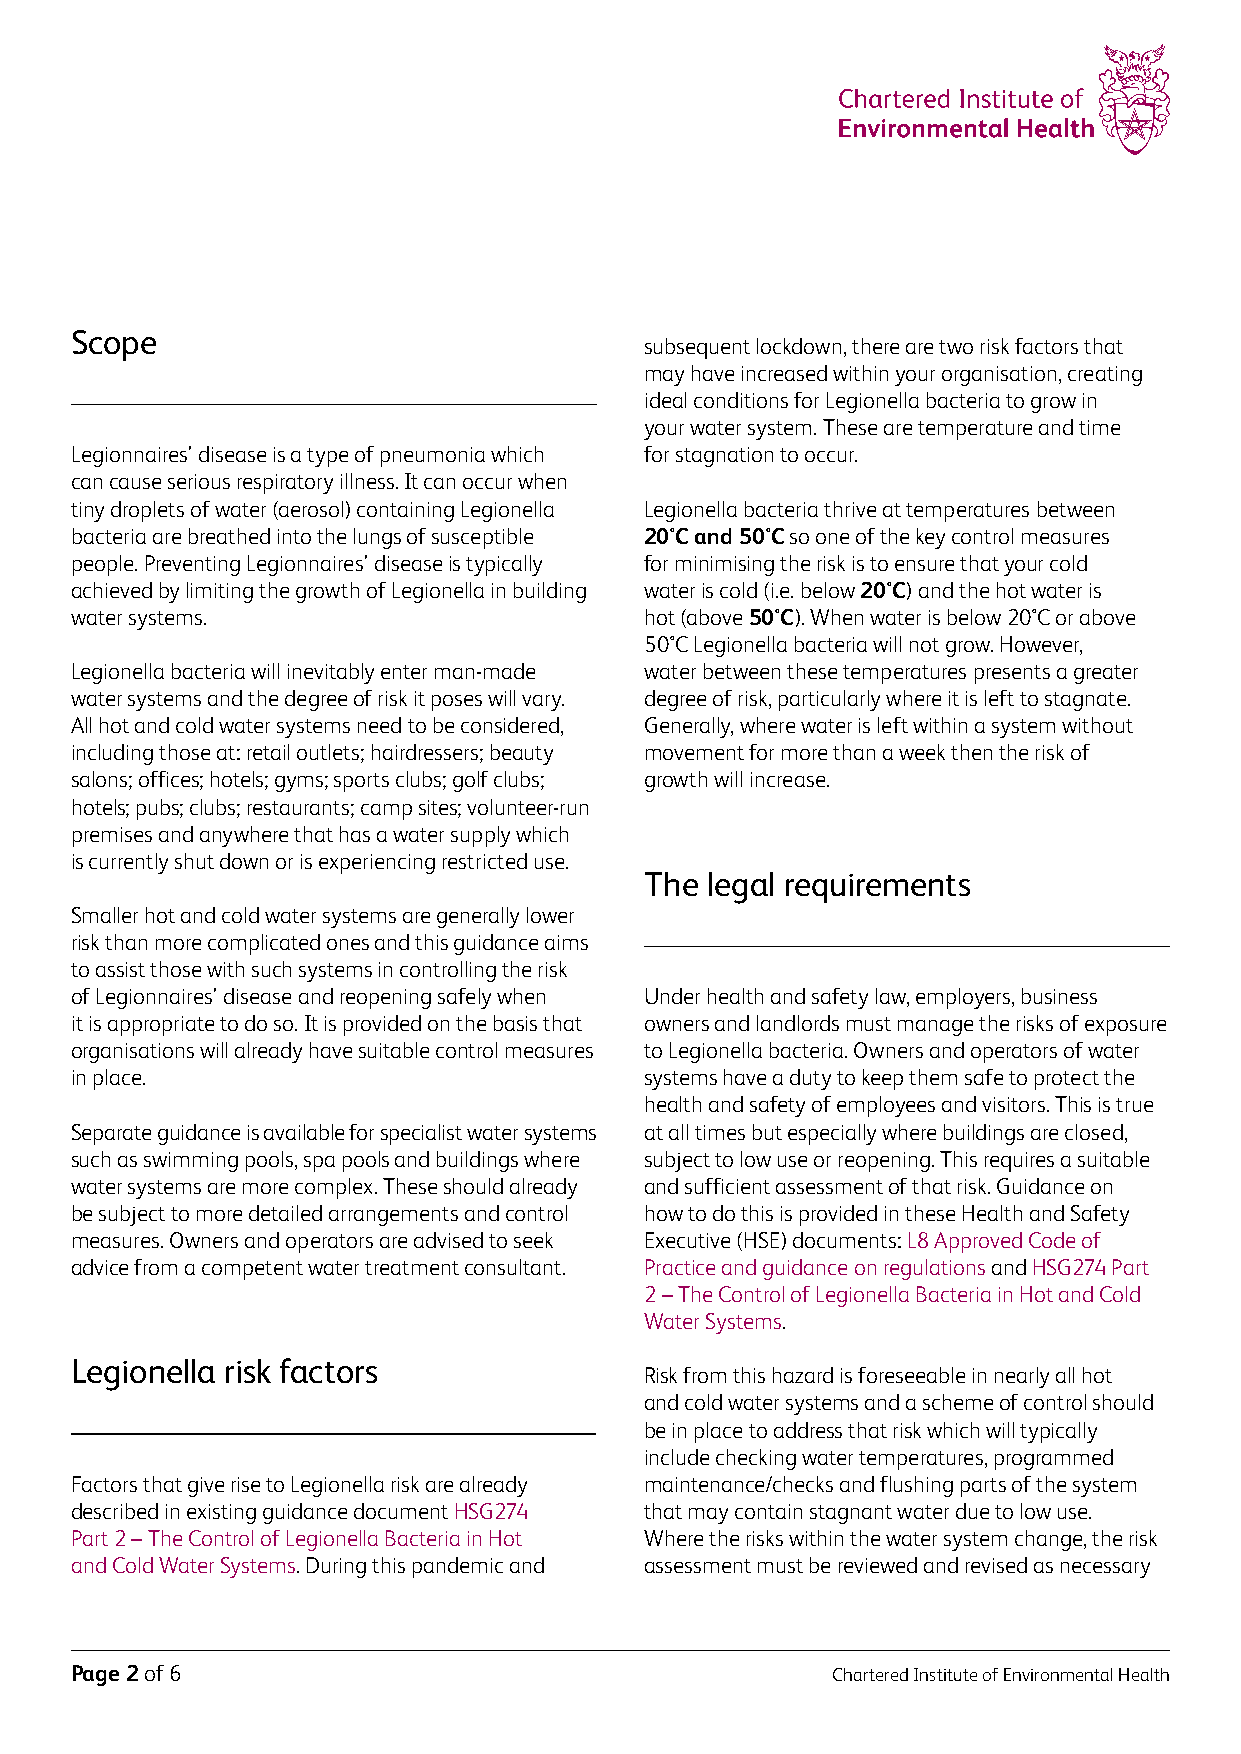
Scope
 subsequent lockdown, there are two risk factors that
 may have increased within your organisation, creating
 ideal conditions for Legionella bacteria to grow in
 your water system. These are temperature and time
 Legionnaires’ disease is a type of pneumonia which for stagnation to occur.
 can cause serious respiratory illness. It can occur when
 tiny droplets of water (aerosol) containing Legionella Legionella bacteria thrive at temperatures between
 bacteria are breathed into the lungs of susceptible 20°C and 50°C so one of the key control measures
 people. Preventing Legionnaires’ disease is typically for minimising the risk is to ensure that your cold
 achieved by limiting the growth of Legionella in building water is cold (i.e. below 20°C) and the hot water is
 water systems.                        hot (above 50°C). When water is below 20°C or above
 50°C Legionella bacteria will not grow. However,
 Legionella bacteria will inevitably enter man-made water between these temperatures presents a greater
 water systems and the degree of risk it poses will vary. degree of risk, particularly where it is left to stagnate.
 All hot and cold water systems need to be considered, Generally, where water is left within a system without
 including those at: retail outlets; hairdressers; beauty movement for more than a week then the risk of
 salons; offices; hotels; gyms; sports clubs; golf clubs; growth will increase.
 hotels; pubs; clubs; restaurants; camp sites; volunteer-run
 premises and anywhere that has a water supply which
 is currently shut down or is experiencing restricted use.
 The legal requirements
 Smaller hot and cold water systems are generally lower
 risk than more complicated ones and this guidance aims
 to assist those with such systems in controlling the risk
 of Legionnaires’ disease and reopening safely when Under health and safety law, employers, business
 it is appropriate to do so. It is provided on the basis that owners and landlords must manage the risks of exposure
 organisations will already have suitable control measures to Legionella bacteria. Owners and operators of water
 in place.                             systems have a duty to keep them safe to protect the
 health and safety of employees and visitors. This is true
 Separate guidance is available for specialist water systems at all times but especially where buildings are closed,
 such as swimming pools, spa pools and buildings where subject to low use or reopening. This requires a suitable
 water systems are more complex. These should already and sufficient assessment of that risk. Guidance on
 be subject to more detailed arrangements and control how to do this is provided in these Health and Safety
 measures. Owners and operators are advised to seek Executive (HSE) documents: L8 Approved Code of
 advice from a competent water treatment consultant. Practice and guidance on regulations and HSG274 Part
 2 – The Control of Legionella Bacteria in Hot and Cold
 Water Systems.
 Legionella risk factors
 Risk from this hazard is foreseeable in nearly all hot
 and cold water systems and a scheme of control should
 be in place to address that risk which will typically
 include checking water temperatures, programmed
 Factors that give rise to Legionella risk are already maintenance/checks and flushing parts of the system
 described in existing guidance document HSG274 that may contain stagnant water due to low use.
 Part 2 – The Control of Legionella Bacteria in Hot Where the risks within the water system change, the risk
 and Cold Water Systems. During this pandemic and assessment must be reviewed and revised as necessary
 Page 2 of 6                                       Chartered Institute of Environmental Health